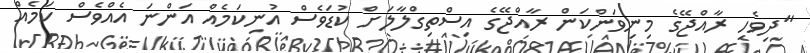
"ދިވެހި ރާއްޖޭގެ މިނިވަންކަން ރާއްޖޭގެ އިސްތިގްލާލަށް ކުޑަވެސް އުނިކަމެއް އަންނަ އެއްވެސް ކަމެއް